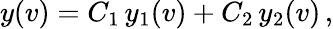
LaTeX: y(v)=C_{1}\, y_{1}(v)+C_{2}\, y_{2}(v)\, ,